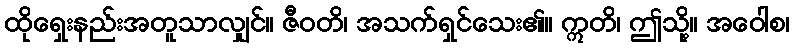
ထိုရှေးနည်းအတူသာလျှင်။ ဇီဝတိ၊ အသက်ရှင်သေး၏။ ဣတိ၊ ဤသို့။ အဝေါစ၊